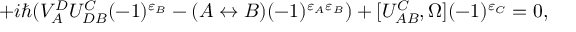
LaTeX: + i \hbar ( V _ { A } ^ { D } U _ { D B } ^ { C } ( - 1 ) ^ { \varepsilon _ { B } } - ( A \leftrightarrow B ) ( - 1 ) ^ { \varepsilon _ { A } \varepsilon _ { B } } ) + [ U _ { A B } ^ { C } , \Omega ] ( - 1 ) ^ { \varepsilon _ { C } } = 0 ,